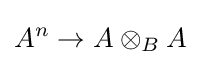
A^{n}\rightarrow A\otimes _{B}A